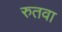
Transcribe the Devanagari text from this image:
रुतवा